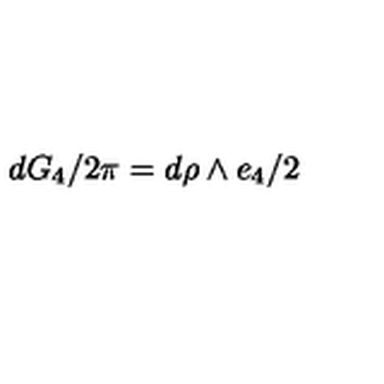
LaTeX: d G _ { 4 } / { 2 \pi } = d \rho \land e _ { 4 } / 2